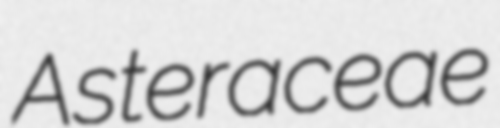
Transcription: Asteraceae